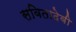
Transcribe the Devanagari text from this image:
सवितादेवी